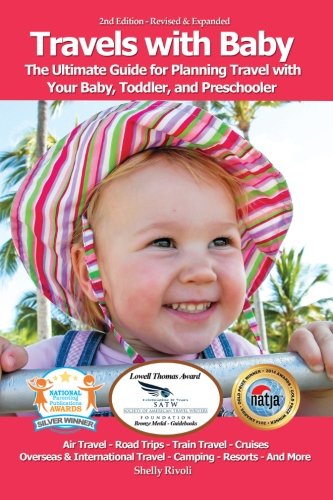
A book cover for Travels with Baby: The Ultimate Guide for Planning Travel with Your Baby, Toddler, and Preschooler; Shelly Rivoli; Travel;